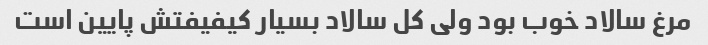
مرغ سالاد خوب بود ولی کل سالاد بسیار کیفیفتش پایین است